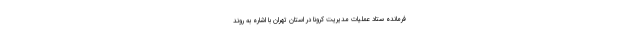
فرمانده ستاد عملیات مدیریت کرونا در استان تهران با اشاره به روند